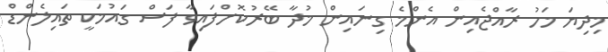
މިދިޔަ މަހު ރާއްޖެއިން އެންމެ ގިނައިން މުދާ ބޭރުކޮށްފައިވާ ފަސް ގައުމަކީ ތައިލެންޑް